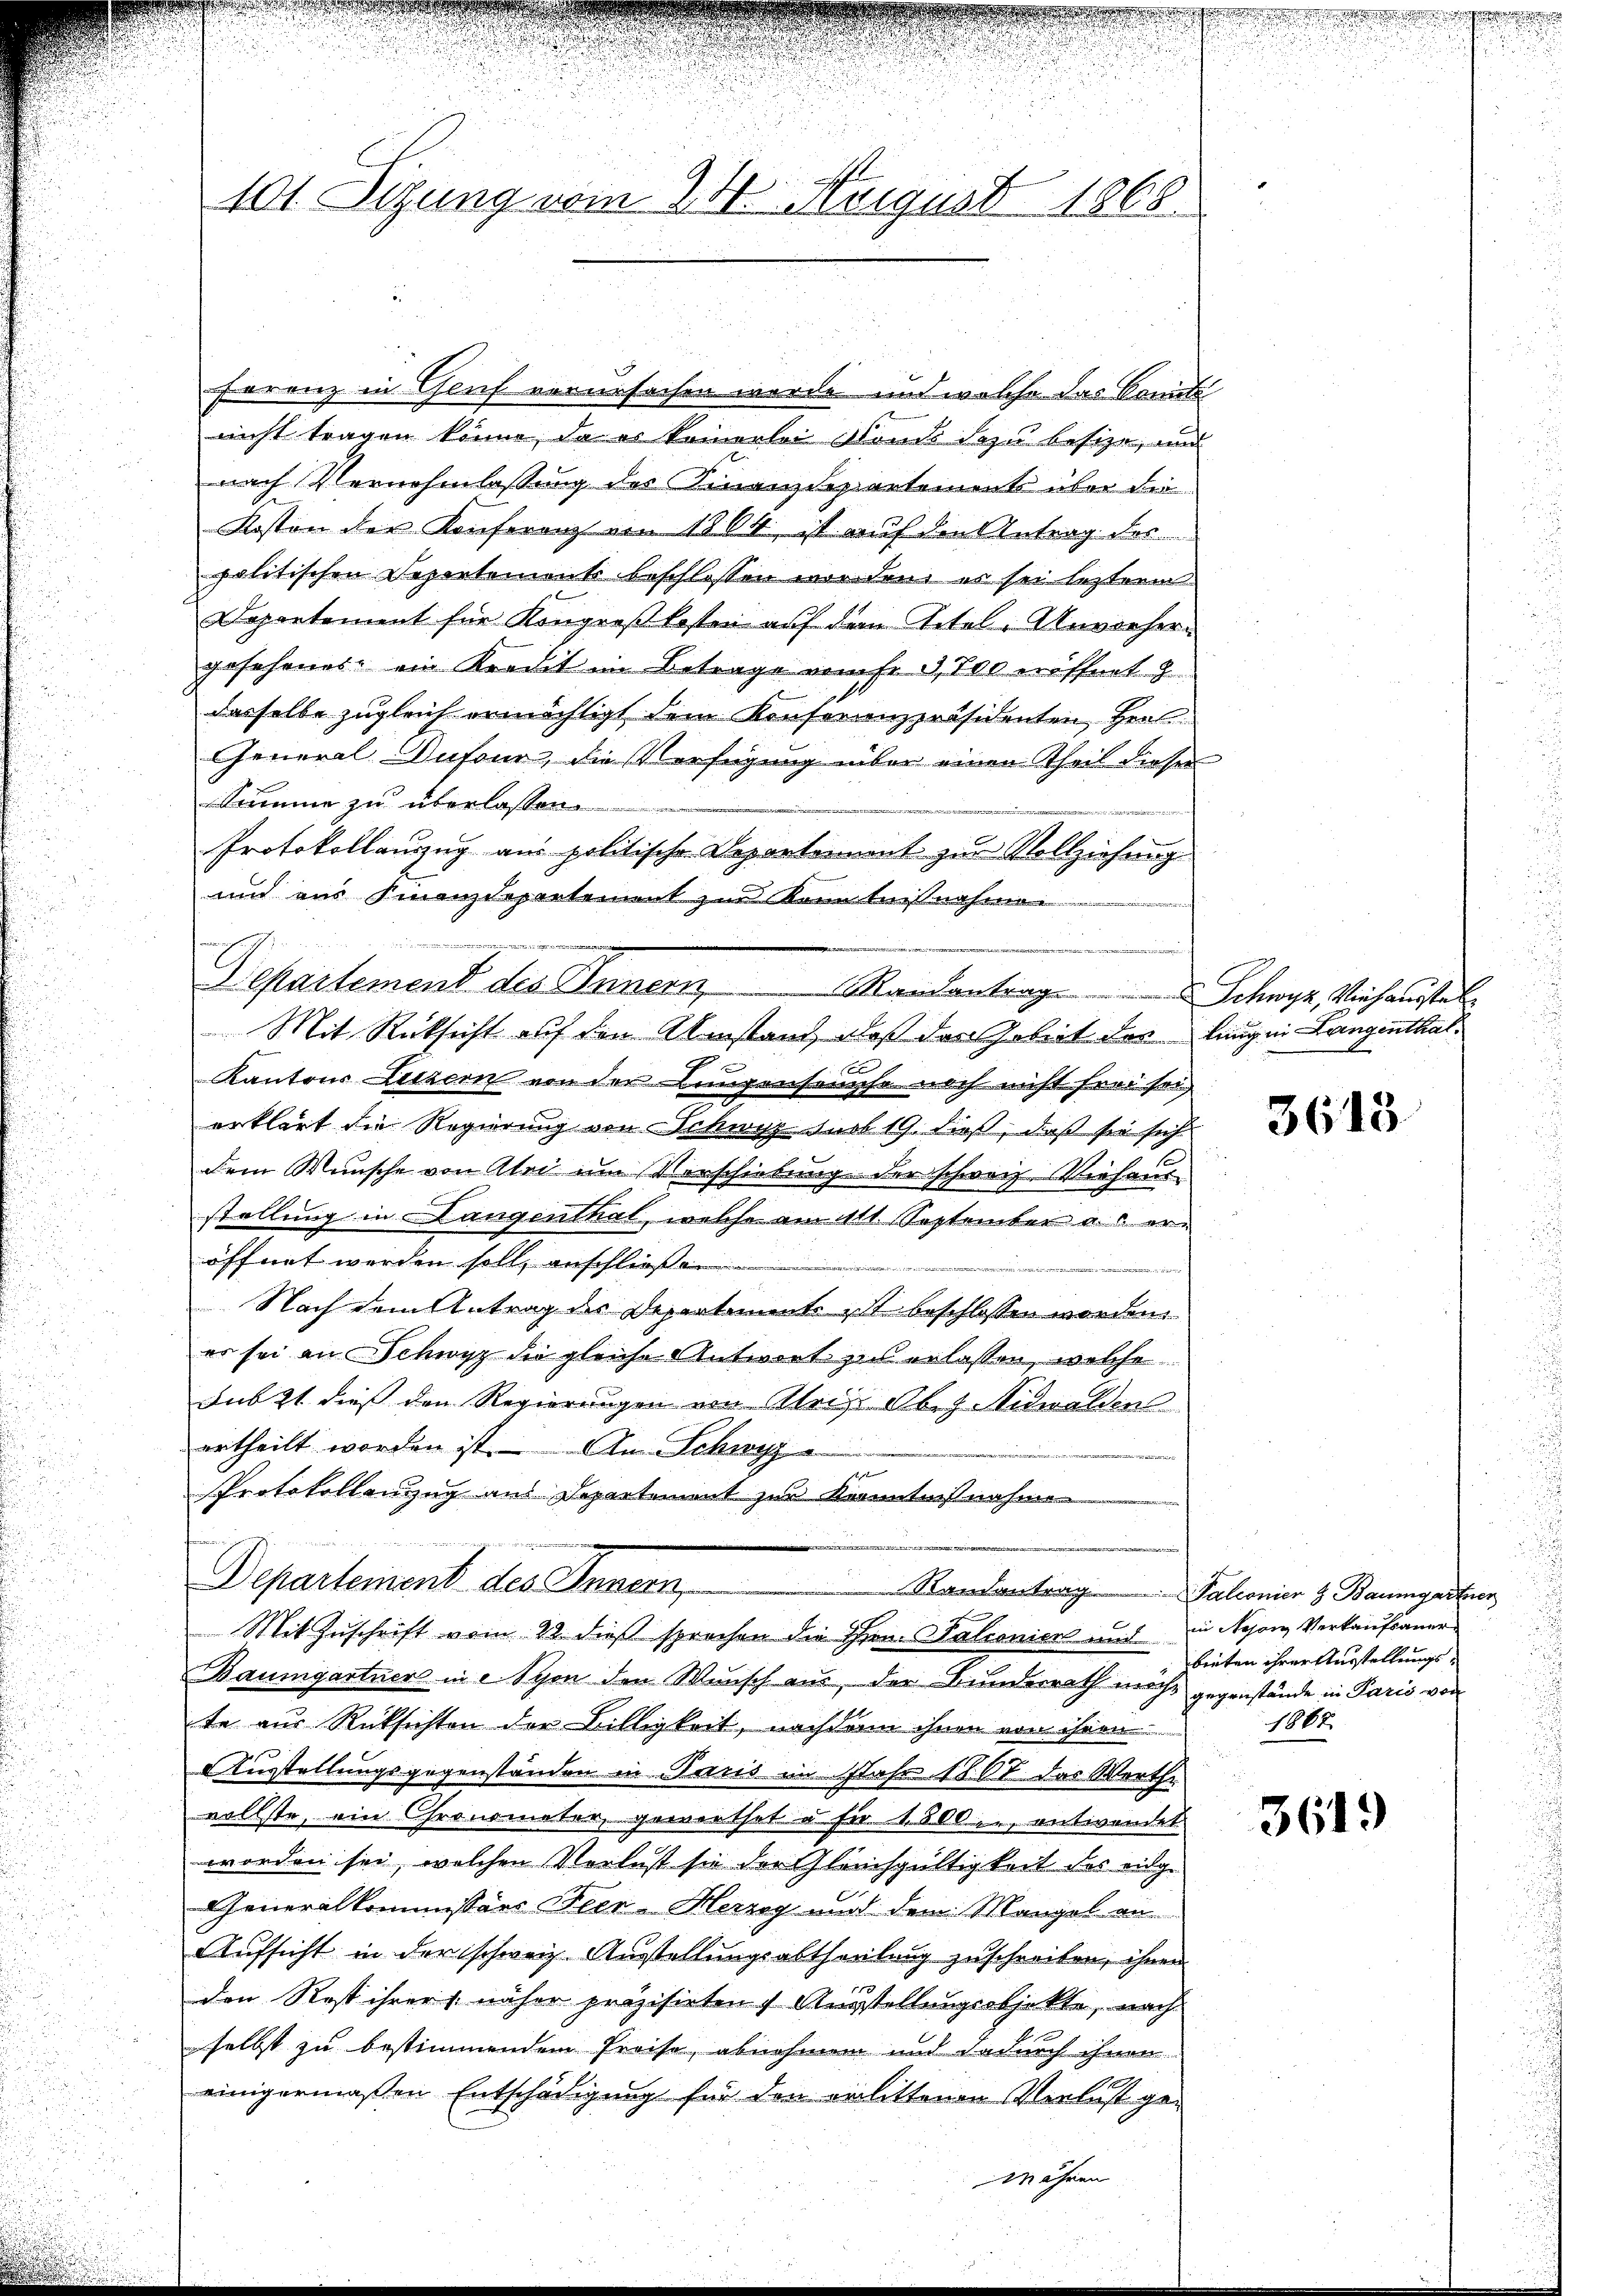
401. Sezung vom 24. August 1868.

a

Departement des Innern Mandantrag Schwyz, Verhaustel
Mit Rücksicht auf den Umstand, daß den Arbeit des langen Langenthal¬

Ferenz in Genf verursachen werde und welche das Sanits
nicht tragen könne, da es keinerlei Monds dazu besize, und
nach Vernehmlassung des Finanzdepartement über Li
Kosten der Konferenz am 1804 ist auf den Antrag des
politischen Departements beschlossen wir den er sei leztere
Departement für Kongreßkosten auf den Titel - Unvorhergesehenes ein Kredit im Betrage vom fr. 3,700 eröffnet
dasselbe zugleich ermächtigt dem Konferenzpräsidenten, Her
General-Dufour, die Verfügung über einen Theil dieser
Summe zu überlassen
Protokollauszug am politische Departement zur Vollziehung
und aus Finanzdepartement zur Kenntnisnahme

x
Kantons Luzern von der Lungenseuche noch nicht frei sei
erklärt die Regierung von Schwyz sust 19. dieß, daß sie sich
dem Wunsche von Abri im Verschiebung der schweiz. Viehausstellung in Langenthal, welche am 111. September a. c. eröffnet werden soll, anschliessen |
e
Nach dem Antrag der Departimente ist beschlossen worden.
er sei an Schwyz die gleiche Antwort zu erlassen, welche
Fubet dieß den Regierungen von Aleiz. Obg. Nidwalden
ertheilt worden ist. An Schwyz
n
Protokollenzug aus Departement zur Kenntnißnahme
Departement des Innen,
Randantrag Palionier & Baumgartner
Mit Zuschrift vom 22 dieß sprechen die ihren Talionien und in Nejon Verkaufsaner¬
Baumgartner in Syon den Wunsch aus, der Bunderrath möcht gegenstände in Paris von
te aus Rücksichten der Billigkeit, nachdem ihnen von ihren
Ausstellungsgegenständen in Preus im Jahr 1807 das Worthe
vollste, ein Chronometer gewiethet u für 1800. entwendet
worden sei, welchen Verlust sie der Gleichgültigkeit des einge
Generalkommissärs Feer-Herzey und dem Mangel an
Aufsicht in der schweiz Ausstellungsabtheilung zuschreiben, ihnen
den Rost ihrer näher präzisirten Ausstellungsobjekte, nach
selbst zu bestimmendem Preise, abnehmen und dadurch ihnen
einigermaßen Entschädigung für den erlittenen Verlust ge¬

3615

bieten ihrer Ausstellungs¬
1814.

3619